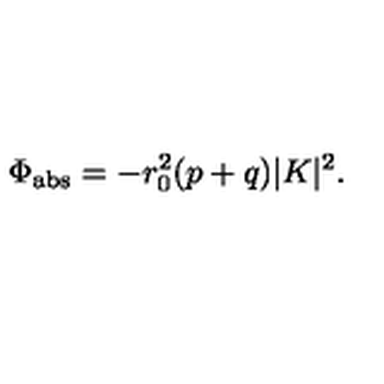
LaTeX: \Phi _ { \mathrm { a b s } } = - r _ { 0 } ^ { 2 } ( p + q ) | K | ^ { 2 } .